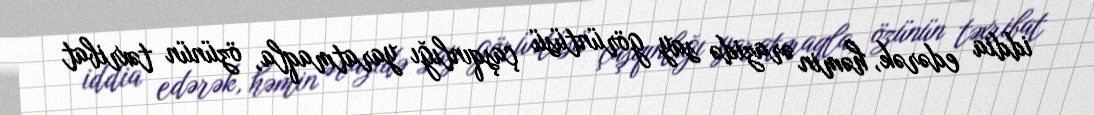
iddia edərək, həmin ərazidə say görüntüsü çaşqınlığı yaratmaqla, özünün təxribat